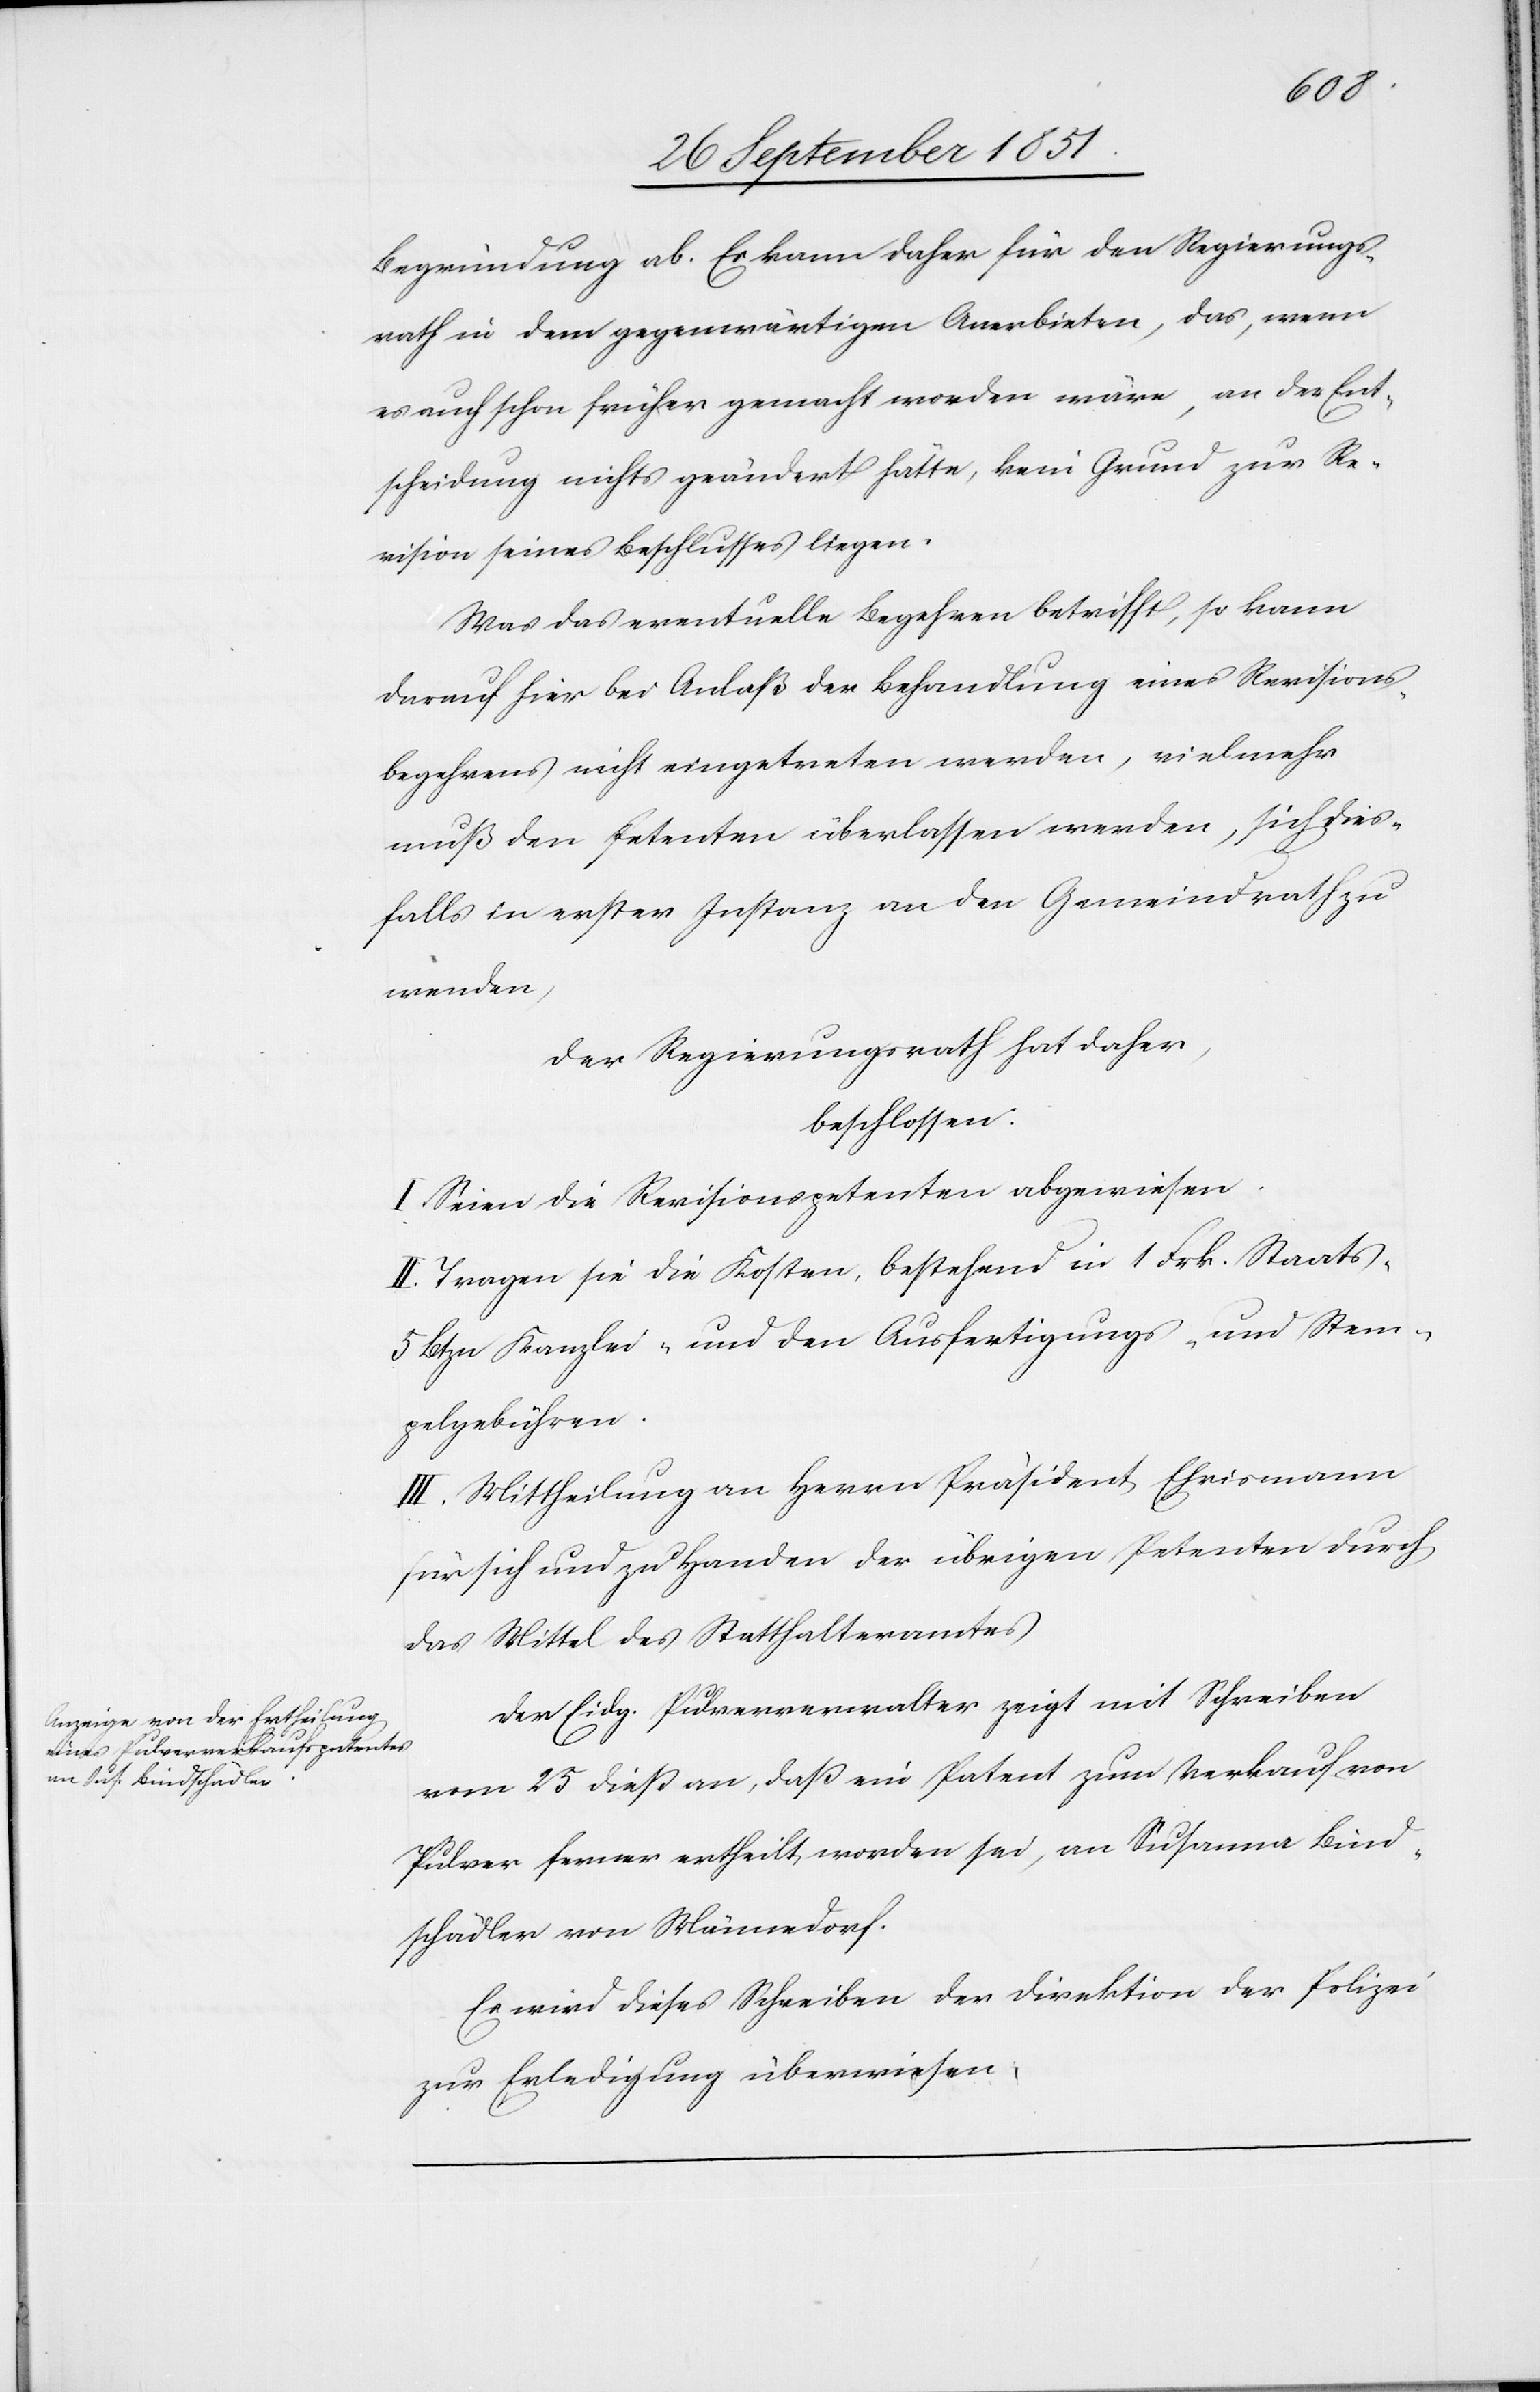
Begründung ab. Es kann daher für den Regierungs¬
rath in dem gegenwärtigen Anerbieten, das, wenn
es auch schon früher gemacht worden wäre, an der Ent¬
scheidung nichts geändert hätte, kein Grund zur Re¬
vision seines Beschlusses liegen.
Was das eventuelle Begehren betrifft, so kann
darauf hier bei Anlaß der Behandlung eines Revisions¬
begehrens nicht eingetreten werden, vielmehr
muß den Petenten überlassen werden, sich dies¬
falls in erster Instanz an den Gemeindrath zu
wenden,
Der Regierungsrath hat daher,
beschlossen:
I. Seien die Revisionspetenten abgewiesen.
II. Tragen sie die Kosten, bestehend in 1 Frk. Staats-[,]
5 Btzn Kanzlei- und den Ausfertigungs- und Stem¬
pelgebühren.
III. Mittheilung an Herrn Präsident Ehrismann
für sich und zu Handen der übrigen Petenten durch
das Mittel des Statthalteramtes[.]
Der Eidg. Pulververwalter zeigt mit Schreiben
vom 25 dieß an, daß ein Patent zum Verkauf von
Pulver ferner ertheilt worden sei, an Susanna Bind¬
schädler von Männedorf.
Es wird dieses Schreiben der Direktion der Polizei
zur Erledigung überwiesen.